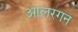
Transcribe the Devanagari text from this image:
आलरगन